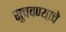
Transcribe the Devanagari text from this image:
सुचवण्याचे